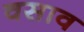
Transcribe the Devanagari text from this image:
वसाव